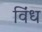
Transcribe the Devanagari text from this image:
विंध